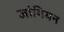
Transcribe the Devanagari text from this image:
जांगियन